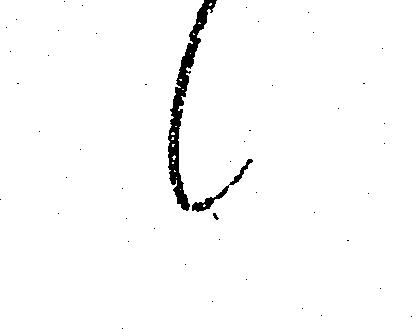
候